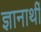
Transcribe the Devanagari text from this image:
ज्ञानार्थी